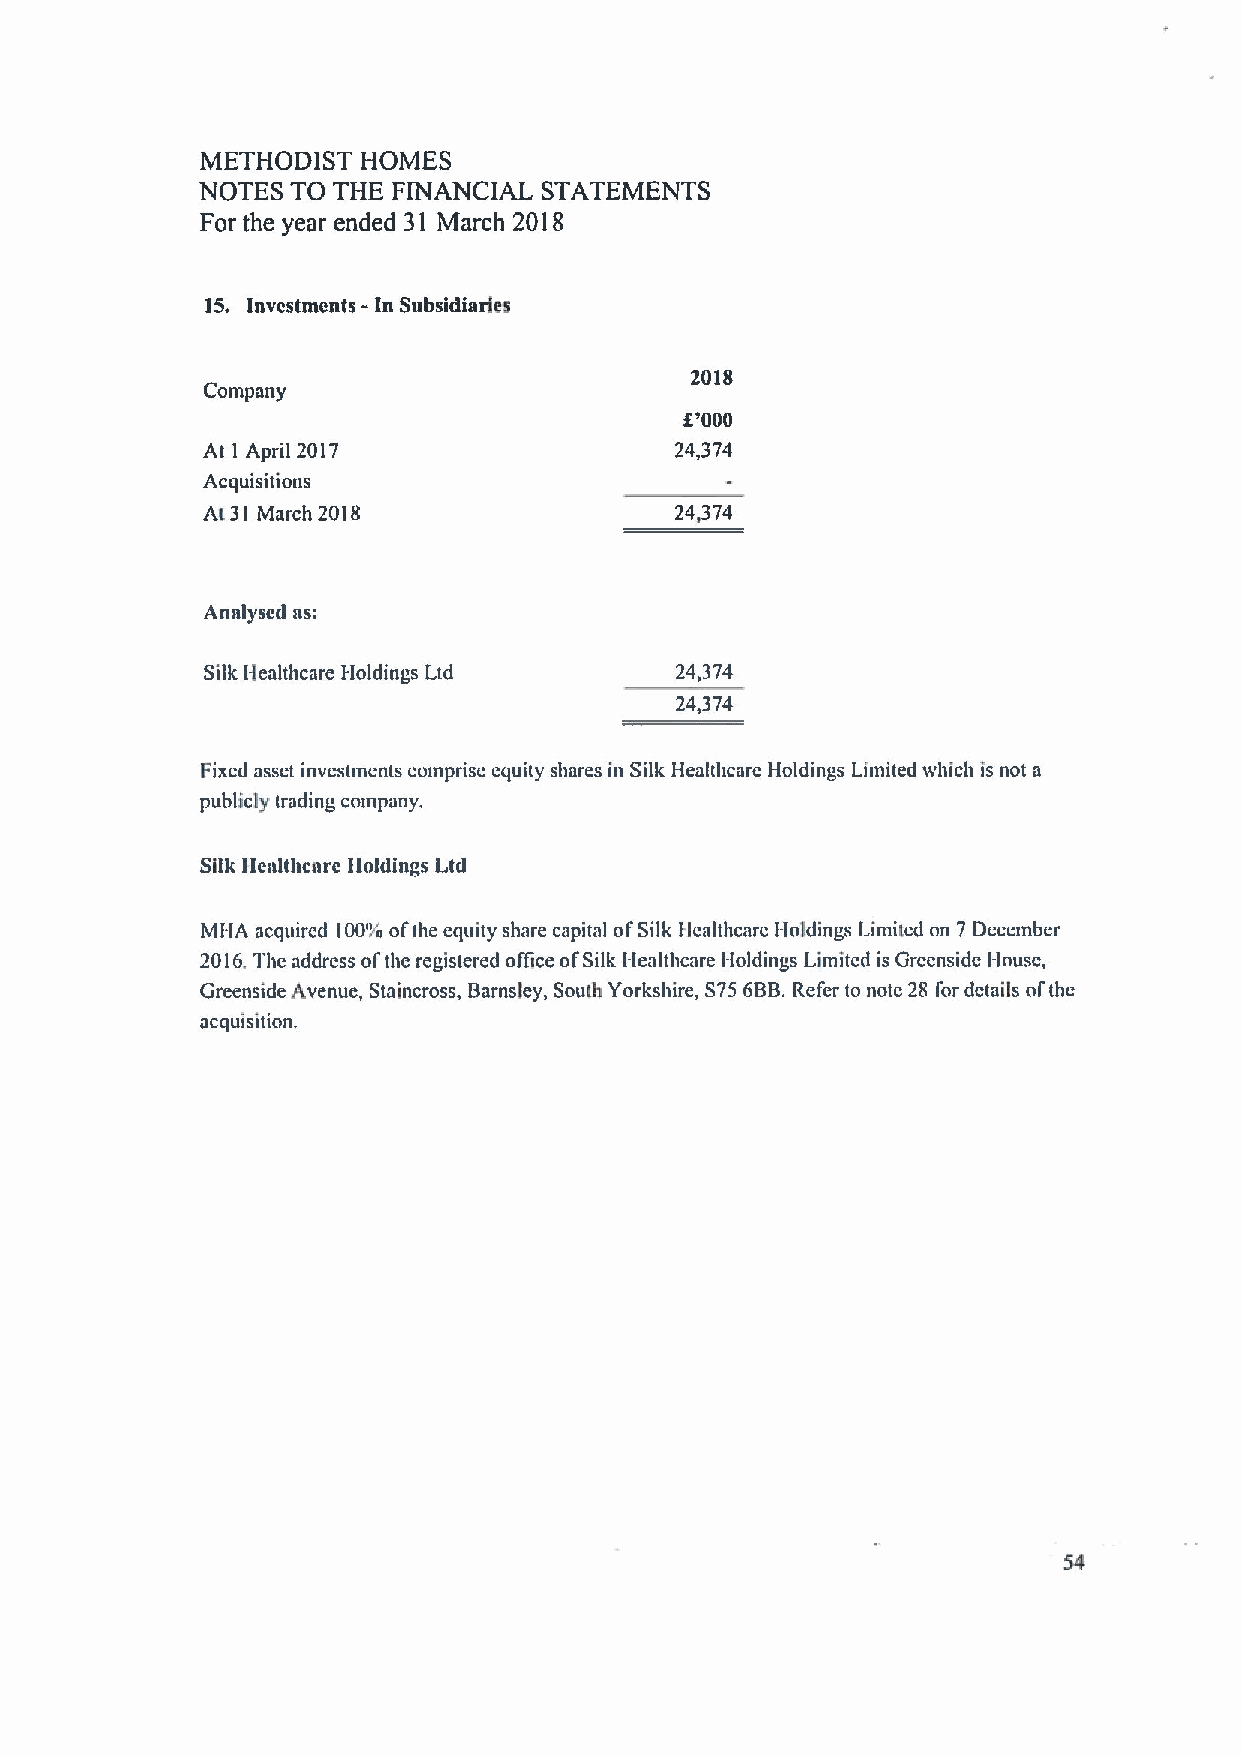
METHODIST  HOMES
 NOTES TO THE FINANCIAL STATEMENTS
 For the year ended 31 March 2018
 15. Investments - In Subsidiaries
 201$
 Company
 f'000
 At I April 2017                 24,374
 Acquisitions
 At 31 March 2018                24374
 Analysed as:
 Silk Healthcare Holdings Ltd   24,374
 24,374
 Fixed asset investments comprise equity shares in Silk Healthcare Holdings Limited which is not a
 publicly trading company.
 Silk llealtbcarc lloldings Ltd
 MHA acquired 100'yi& ofthe equity share capital ofSilk I-lealthcare Holdings Limited on 7 December
 2016.The address oi'the registered office ofSilk I-lealthcare Holdings Limited is Greenside I-louse,
 Greenside Avenue, Staincross, Barnsley, South Yorkshire, S756BB.Refer to note 28 I'or de(ails ofthe
 acquisition.